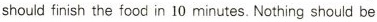
should finish the food in 10 minutes.Nothing should be